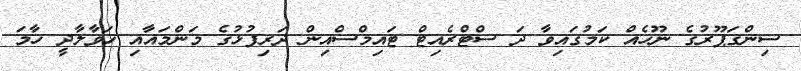
ސިންގަޕޫރުގެ ނޫހެއް ކަމުގައިވާ ދަ ސްޓްރެއިޓް ޓައިމްސްއިން ދަރިފުޅުގެ މަންމައާއި ހަވާލާދީ ހާމަ